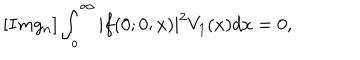
[ I m g _ { n } ] \int _ { o } ^ { \infty } | f ( 0 ; 0 ; x ) | ^ { 2 } V _ { 1 } ( x ) d x = 0 ,